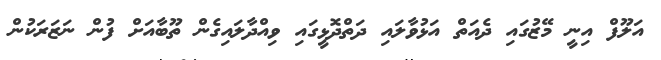
އަލޫފް އިނީ މޭޒުގައި ދެއަތް އަޅުވާލައި ދަތްދޮޅީގައި ވިއްދާލައިގެން ތޫބާއަށް ފުން ނަޒަރަކުން